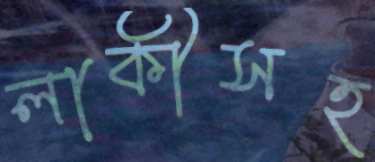
লাকীসহ